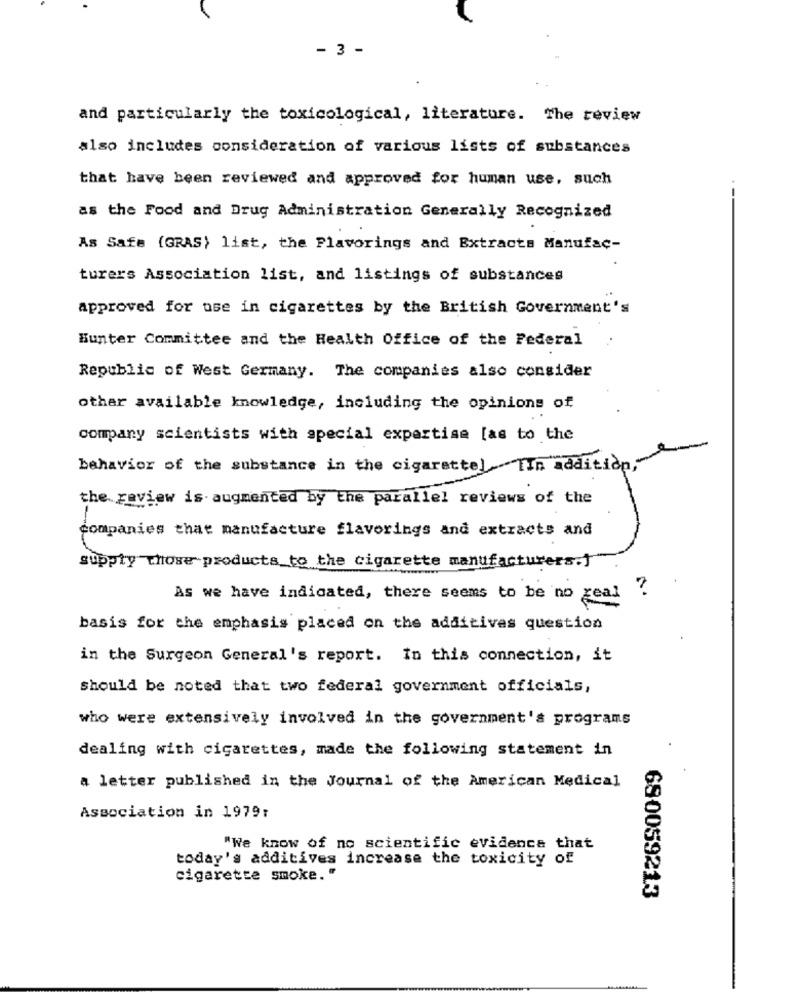
- 3 -
and particularly the toxicological, literature. The review
also includes consideration of various lists of substances
that have been reviewed and approved for human use, such
as the Food and Drug Administration Generally Recognized
As Safe (GRAS) list, the Flavorings and Extracts Manufac-
turers Association list, and listings of substances
approved for use in cigarettes by the British Government's
Bunter Committee and the Health Office of the Federal
Republic of West Germany. The companies also consider
other available knowledge, including the opinions of
company scientists with special expertise [as to the
behavior of the substance in the cigarettel TIn addition,"
the review is augmented by the parallel reviews of the
companies that manufacture flavorings and extracts and
supply those products_to the cigarette manufacturers.
As we have indicated, there seems to be no geal .
basis for the emphasis placed on the additives question
in the Surgeon General's report. In this connection, it
should be noted that two federal government officials,
who were extensively involved in the government's programs
dealing with cigarettes, made the following statement in
a letter published in the Journal of the American Medical
Association in 1979:
"We know of no scientific evidence that
today's additives increase the toxicity of
cigarette smoke."
680059213